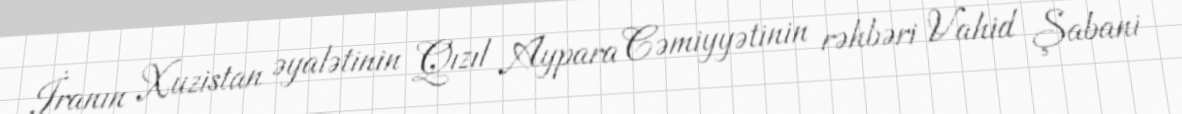
İranın Xuzistan əyalətinin Qızıl Aypara Cəmiyyətinin rəhbəri Vahid Şabani